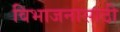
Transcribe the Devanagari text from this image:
विभाजनासाठी